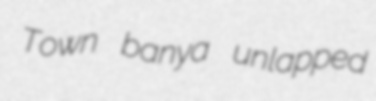
Town banya unlapped